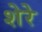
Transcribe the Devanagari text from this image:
शेरेे